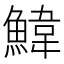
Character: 𮬄